Lock hospitals Punjab
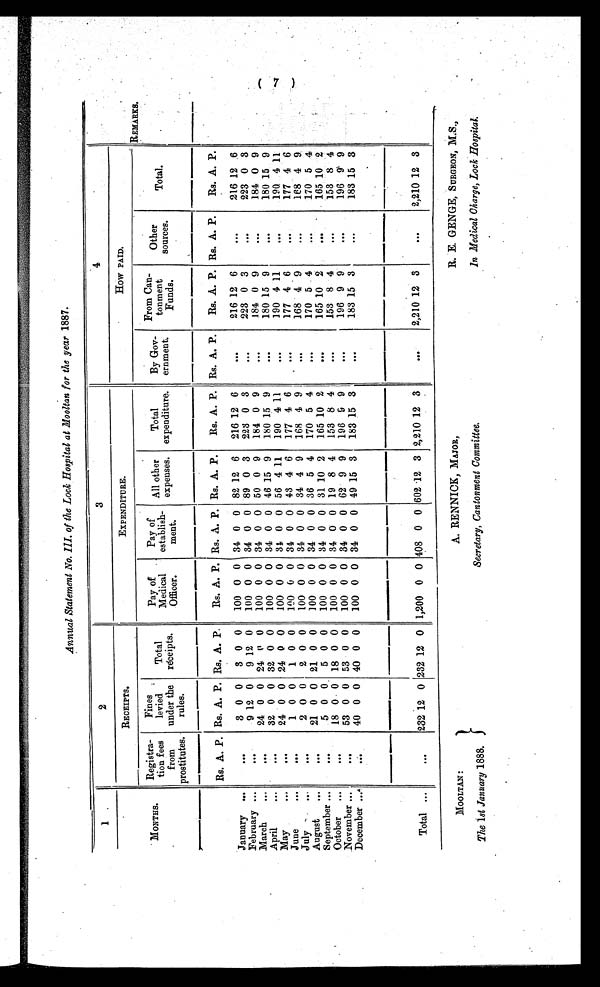
MOOLTAN: The 1st January 1888 .A. RENNICK, MAJOR,
Secretary, Cantonment Committee.
R. E. GENGE, SURGEON, M.S.,
In Medical Charge, Lock Hospital.
Annual Statement No. III of the Lock Hospital at Mooltan for the year 1887.
1
2
3
4
REMARKS.
MONTHS.
RECEIPTS.
EXPENDITURE.
How PAID
Registra
tion fees
from
prostitutes.
Fines
levied
under the
rules.
Total
receipts.
Pay of
Medical
Officer.
Pay of
establish
ment.
All other
expenses.
Total
expenditure.
By Gov
ernment.
From Can
tonment
Funds.
Other
sources.
Total.
Rs. A. P. Rs. A. P. Rs. A. P. Rs. A. P. Rs. A. P. Rs. A. P. Rs. A. P. Rs. A. P. Rs. A. P. Rs. A. P. Rs. A. P.
January ...
. . .
3 0 0 3 0 0 100 0 0 34 0 0 82 12 6 216 12 6
. . . 216 12 6
. . .
216 12 6
February ...
. . .
9 12 0 9 12 0 100 0 0 34 0 0 89 0 3 223 0 3
. . . 223 0 3
. . .
223 0 3
March
...
. . .
24 0 0 24 0 0 100 0 0 34 0 0 50 0 9 184 0 9
. . . 184 0 9
. . .
184 0 9
April
...
...
32 0 0 32 0 0 100 0 0 34 0 0 46 15 9 180 15 9
. . . 180 15 9
. . .
180 15 9
May...
. . . 24 0 0 24 0 0 100 0 0 34 0 0 56 4
1 1 190 411
. . . 190 4 11
. . .
190 4 1 1
June...
. . .
1 0 0 1 0 0 100 0 0 34 0 0 43 4 6 177 4 6
. . . 177 4 6
. . .
177 4 6
July ...
. . .
2 0 0 2 0 0 100 0 0 34 0 0 34 4 9 168 4 9
. . . 168 4 9
. . .
168 4 9
August ...
. . . 21 0 0 21 0 0 100 0 0 34 0 0 36 5 4 170 5 4
. . . 170 5 4 ...
170 5 4
September...
. . .
5 0 0 5 0 0 100 0 0 34 0 0 31 10 2 165 10 2
. . . 165 10 2
...
165 10 2
October ...
...
18 0 0 18 0 0 100 0 0 34 0 0 19 8 4 153 8 4
. . . 153 8 4
. . .
153 8 4
November ...
. . . 53 0 0 53 0 0 100 0 0 34 0 0 62 9 9 196 9 9
...
196 9 9
...
196 9 9
December ...
...
40 0 0 40 0 0 100 0 0 34 0 0 49 15 3 183 15 3
. . . 183 15 3
. . .
183 15 3
Total ...
. . . 232 12 0 232 12 0 1,200 0 0 408 0 0 602
1 2
3 2,210 12 3
...
2,210 12 3
...
2,210 12 3
( 7 )